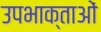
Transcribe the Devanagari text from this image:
उपभाक्ताओं